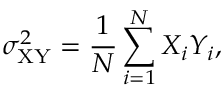
\sigma _ { \mathrm { X Y } } ^ { 2 } = \frac { 1 } { N } \sum _ { i = 1 } ^ { N } X _ { i } Y _ { i } ,